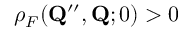
\rho _ { F } ( \mathbf { Q } ^ { \prime \prime } , \mathbf { Q } ; 0 ) > 0